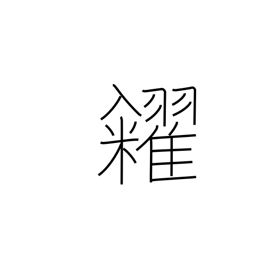
Meaning: sell (grain)